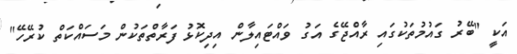
އަކީ "ބޭރު ގައުމުތަކުގައި ރާއްޖޭގެ އަގު ވައްޓައިލާން އިދިކޮޅު ފަރާތްތަކުން މަސައްކަތް ކުރޭހޭ"